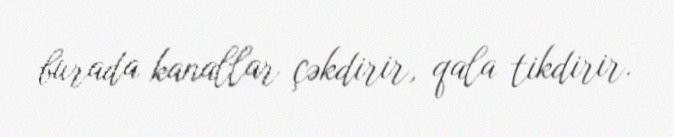
burada kanallar çəkdirir, qala tikdirir.